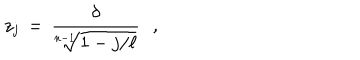
z _ { j } \, = \, { \frac { \delta } { \sqrt [ [object Object] ] ] { 1 - j / \ell } } } \, \, \, \, ,